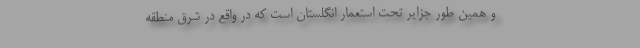
و همین طور جزایر تحت استعمار انگلستان است که در واقع در شرق منطقه